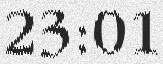
23:01